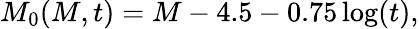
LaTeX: M_{0}(M,t)=M-4.5-0.75\log(t),